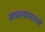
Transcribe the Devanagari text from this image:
वाचल्यासारखे